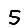
Digit: 5